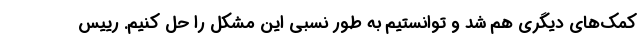
کمک‌های دیگری هم شد و توانستیم به طور نسبی این مشکل را حل کنیم. رییس